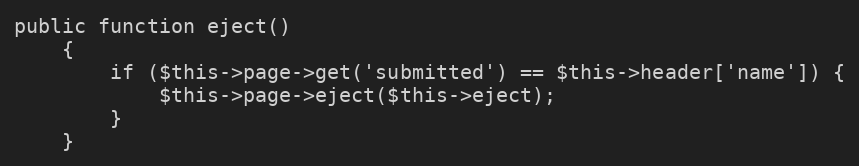
Language: PHP
public function eject()
    {
        if ($this->page->get('submitted') == $this->header['name']) {
            $this->page->eject($this->eject);
        }
    }